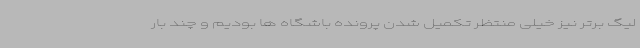
لیگ برتر نیز خیلی منتظر تکمیل شدن پرونده باشگاه ها بودیم و چند بار